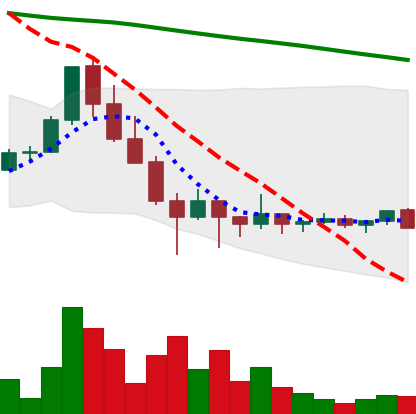
Ticker: ADA-USD
Chart end date: 2022-02-02
Forward return: 16.367%
Label: up_7plus